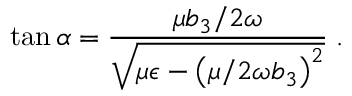
\tan \alpha = \frac { \mu b _ { 3 } / 2 \omega } { \sqrt { \mu \epsilon - \left( \mu / 2 \omega b _ { 3 } \right) ^ { 2 } } } \; .